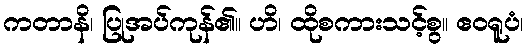
ကတာနိ၊ ပြုအပ်ကုန်၏။ ဟိ၊ ထိုစကားသင့်စွ။ ဧဝရူပံ၊